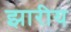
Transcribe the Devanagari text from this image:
झारीय